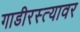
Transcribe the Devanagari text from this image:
गाडीरस्त्यावर